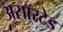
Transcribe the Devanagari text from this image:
असॉरटेड